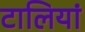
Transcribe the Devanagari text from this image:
टालियां